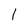
Character: 1